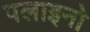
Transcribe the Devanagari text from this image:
पलाइनो